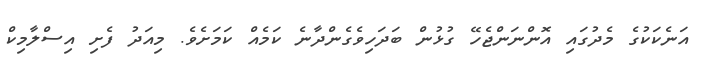
އަނެކަކުގެ މެދުގައި އޮންނަންޖެހޭ ގުޅުން ބަދަހިވެގެންދާނެ ކަމެއް ކަމަށެވެ. މިއަދު ފެށި އިސްލާމިކް